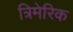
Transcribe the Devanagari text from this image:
त्रिमेरिक